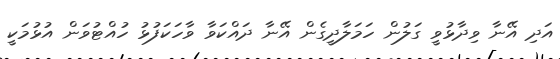
އަދި އޭނާ ވިދާޅުވީ ގަލުން ހަމަލާދީގެން އޭނާ ދައްކަވާ ވާހަކަފުޅު ހުއްޓުވަން އުޅުމަކީ